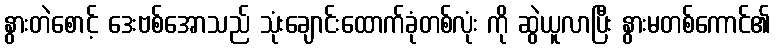
နွားတဲစောင့် ဒေးဗစ်အောသည် သုံးချောင်းထောက်ခုံတစ်လုံး ကို ဆွဲယူလာပြီး နွားမတစ်ကောင်၏